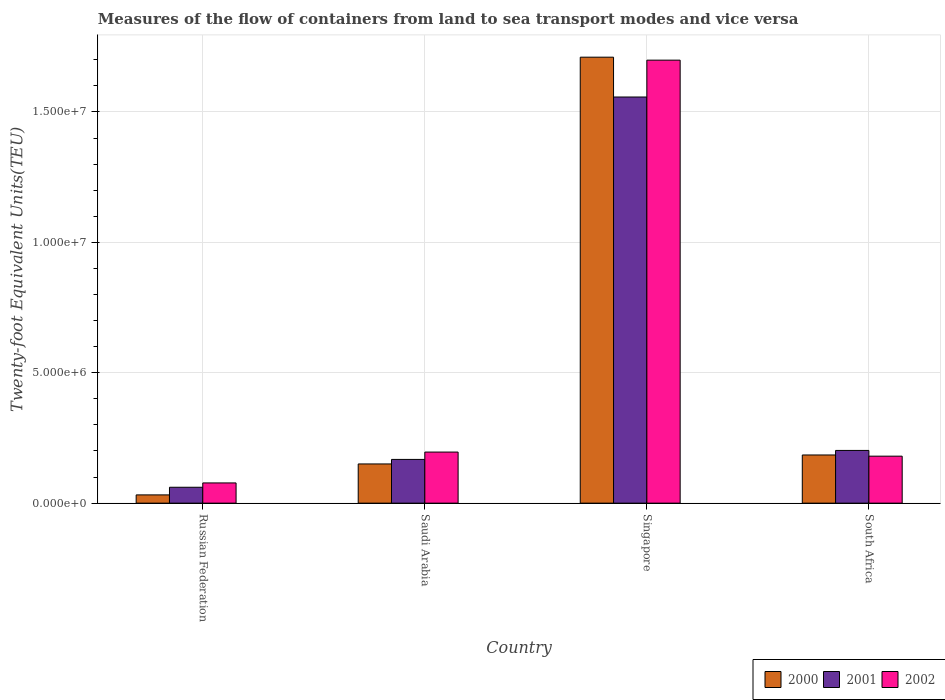
| Country | 2000 | 2001 | 2002 |
 | --- | --- | --- | --- |
 | Russian Federation | 3.16e+05 | 6.09e+05 | 7.75e+05 |
 | Saudi Arabia | 1.5e+06 | 1.68e+06 | 1.96e+06 |
 | Singapore | 1.71e+07 | 1.56e+07 | 1.7e+07 |
 | South Africa | 1.85e+06 | 2.02e+06 | 1.8e+06 |